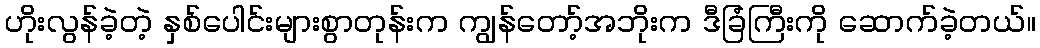
ဟိုးလွန်ခဲ့တဲ့ နှစ်ပေါင်းများစွာတုန်းက ကျွန်တော့်အဘိုးက ဒီခြံကြီးကို ဆောက်ခဲ့တယ်။